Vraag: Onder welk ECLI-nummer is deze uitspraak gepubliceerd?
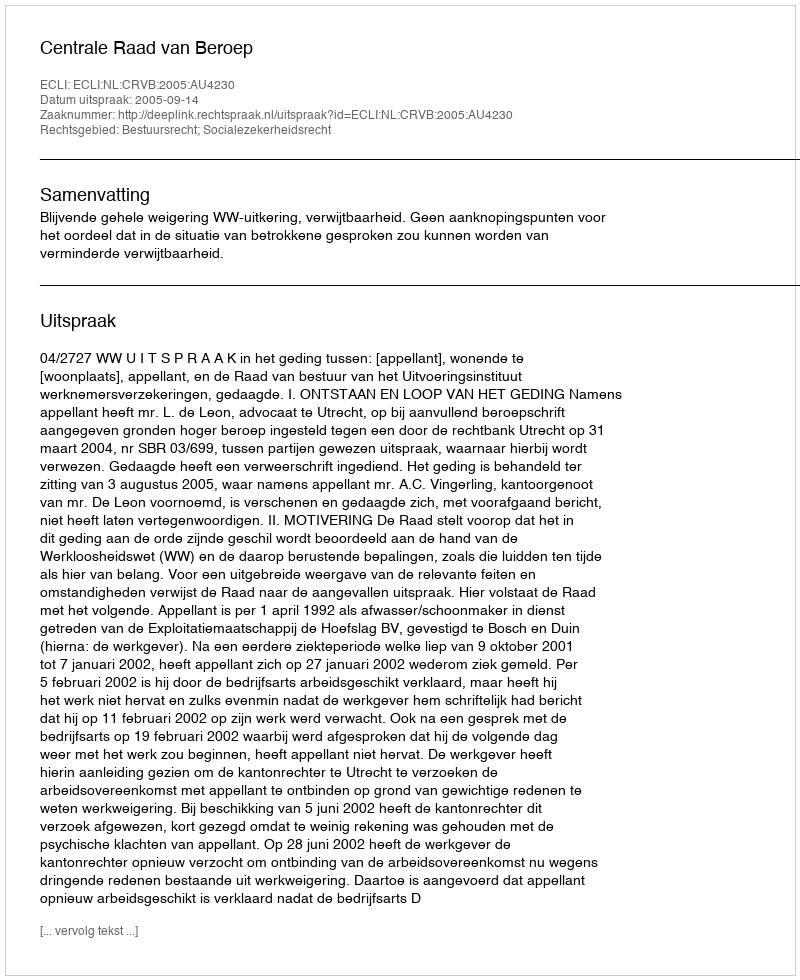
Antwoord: ECLI:NL:CRVB:2005:AU4230